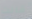
قالت